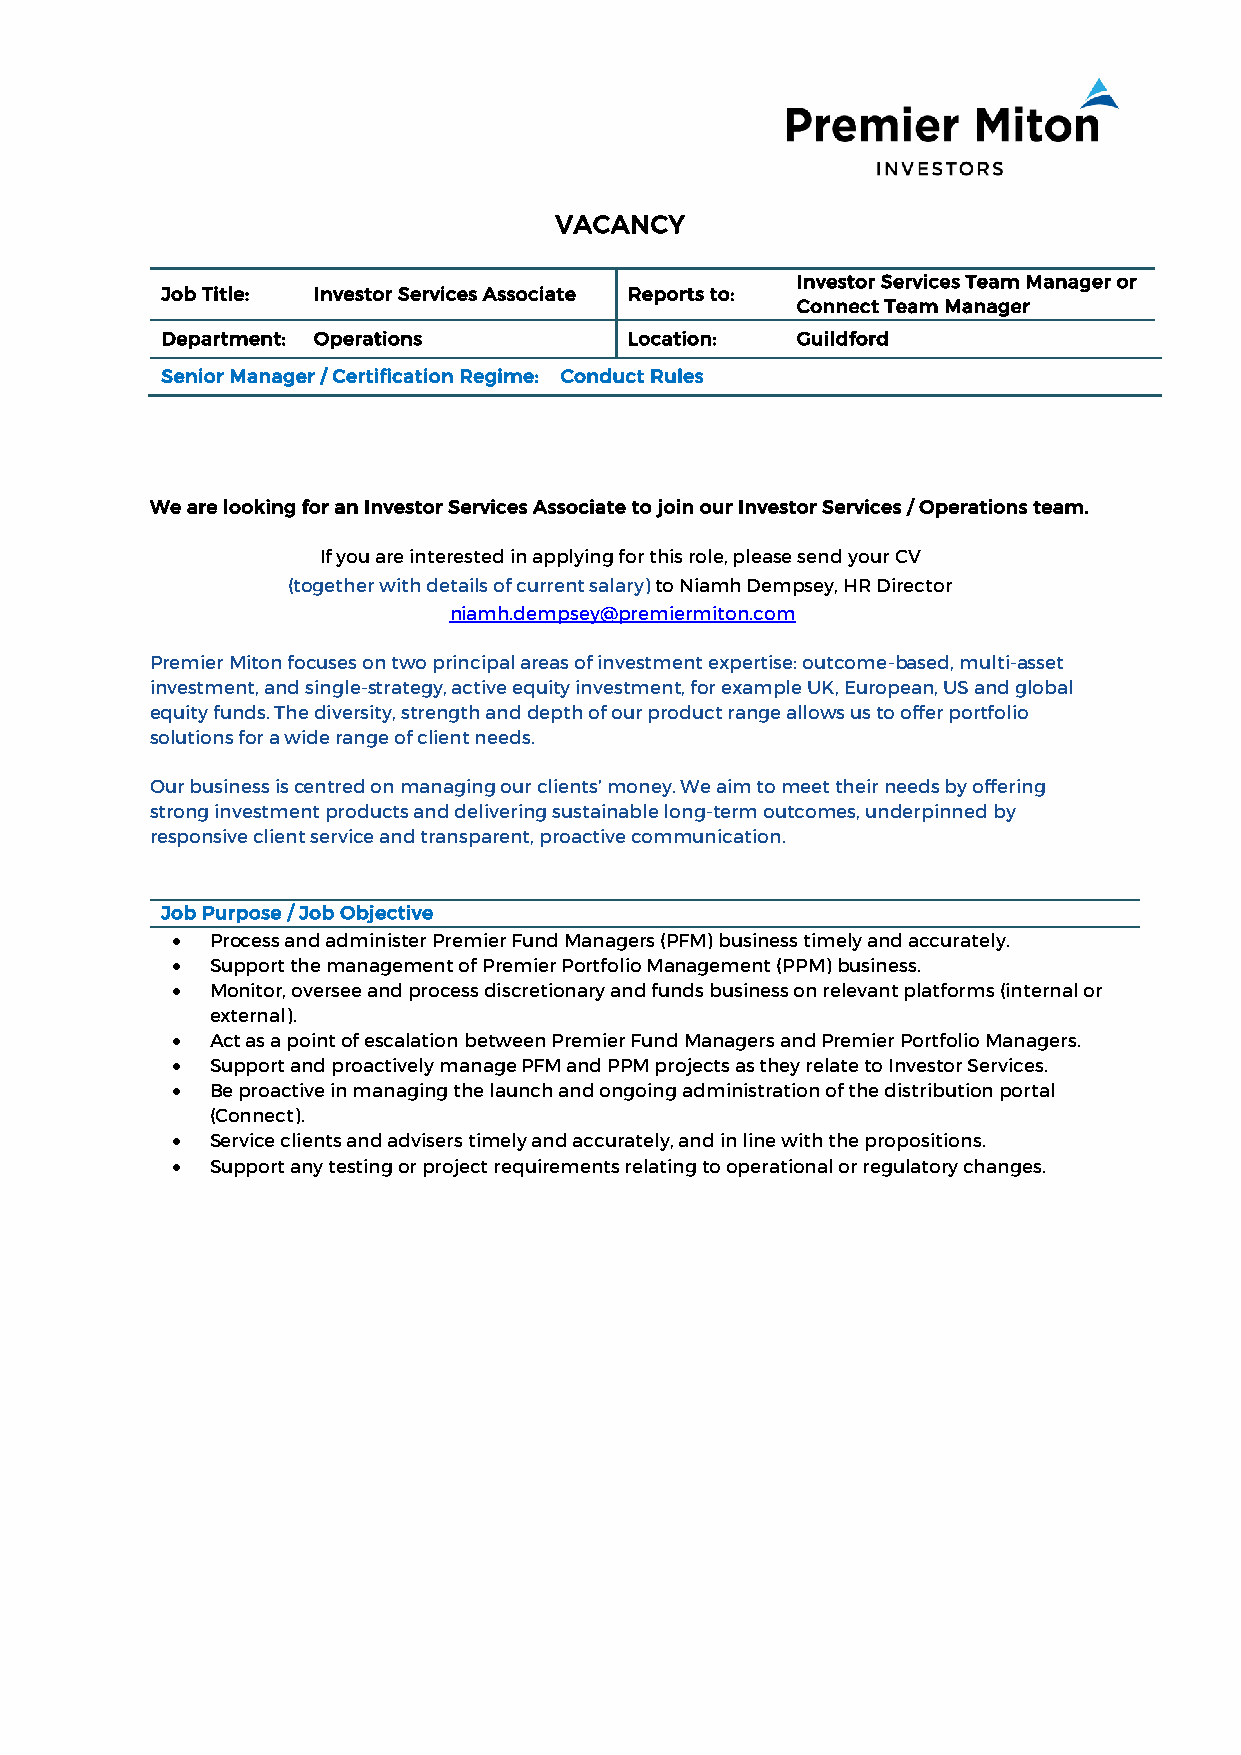
VACANCY
 Investor Services Team Manager or
 Job Title: Investor Services Associate Reports to:
 Connect Team Manager
 Department: Operations         Location:  Guildford
 Senior Manager / Certification Regime: Conduct Rules
 We are looking for an Investor Services Associate to join our Investor Services / Operations team.
 If you are interested in applying for this role, please send your CV
 (together with details of current salary) to Niamh Dempsey, HR Director
 niamh.dempsey@premiermiton.com
 Premier Miton focuses on two principal areas of investment expertise: outcome-based, multi-asset
 investment, and single-strategy, active equity investment, for example UK, European, US and global
 equity funds. The diversity, strength and depth of our product range allows us to offer portfolio
 solutions for a wide range of client needs.
 Our business is centred on managing our clients’ money. We aim to meet their needs by offering
 strong investment products and delivering sustainable long-term outcomes, underpinned by
 responsive client service and transparent, proactive communication.
 Job Purpose / Job Objective
 •  Process and administer Premier Fund Managers (PFM) business timely and accurately.
 •  Support the management of Premier Portfolio Management (PPM) business.
 •  Monitor, oversee and process discretionary and funds business on relevant platforms (internal or
 external).
 •  Act as a point of escalation between Premier Fund Managers and Premier Portfolio Managers.
 •  Support and proactively manage PFM and PPM projects as they relate to Investor Services.
 •  Be proactive in managing the launch and ongoing administration of the distribution portal
 (Connect).
 •  Service clients and advisers timely and accurately, and in line with the propositions.
 •  Support any testing or project requirements relating to operational or regulatory changes.